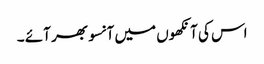
اس کی آنکھوں میں آنسو بھر آئے ۔